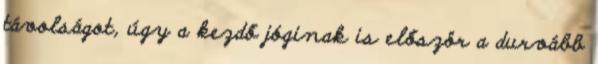
távolságot, úgy a kezdő jóginak is először a durvább